Annual statistical returns and brief notes on vaccination in Bengal - 1887-1898
Year: 1887
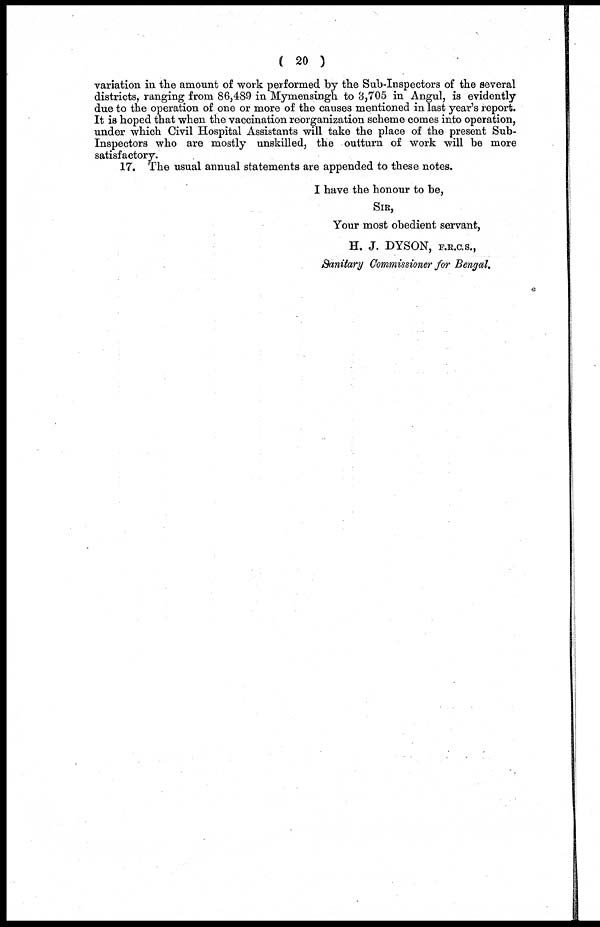
( 20 )
variation in the amount of work performed by the Sub-Inspectors of the several
districts, ranging from 86,489 in Mymensingh to 3,705 in Angul, is evidently
due to the operation of one or more of the causes mentioned in last year's report.
It is hoped that when the vaccination reorganization scheme comes into operation,
under which Civil Hospital Assistants will take the place of the present Sub-
Inspectors who are mostly unskilled, the outturn of work will be more
satisfactory.
17. The usual annual statements are appended to these notes.
I have the honour to be,
SIR,
Your most obedient servant,
H. J. DYSON, F.R.C.S.,
Sanitary Commissioner for Bengal.